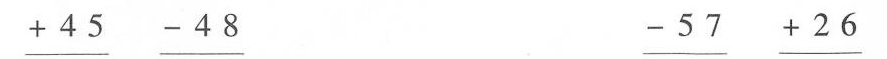
$$\underline { + 4 5 }$$ $$\underline { - 4 8 }$$ $$\underline { - 5 7 }$$ $$\underline { + 2 6 }$$